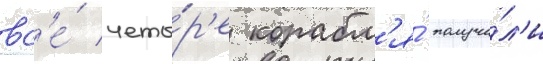
вс'е́ четы́р'е корабл'я́ получи́л'и